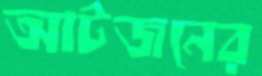
আটজনের